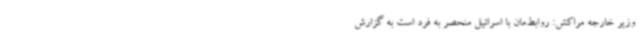
وزیر خارجه مراکش: روابط‌مان با اسرائیل منحصر به فرد است به گزارش